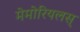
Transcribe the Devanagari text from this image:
मेमोरियलस्